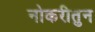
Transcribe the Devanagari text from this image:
नोकरीतुन